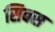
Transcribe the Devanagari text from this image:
सिबस